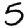
Digit: 5